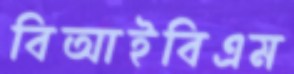
বিআইবিএম